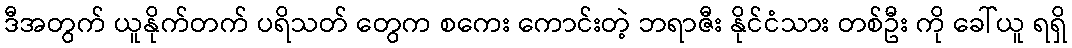
ဒီအတွက် ယူနိုက်တက် ပရိသတ် တွေက စကေး ကောင်းတဲ့ ဘရာဇီး နိုင်ငံသား တစ်ဦး ကို ခေါ်ယူ ရရှိ